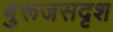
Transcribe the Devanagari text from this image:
बुरूजसदृश